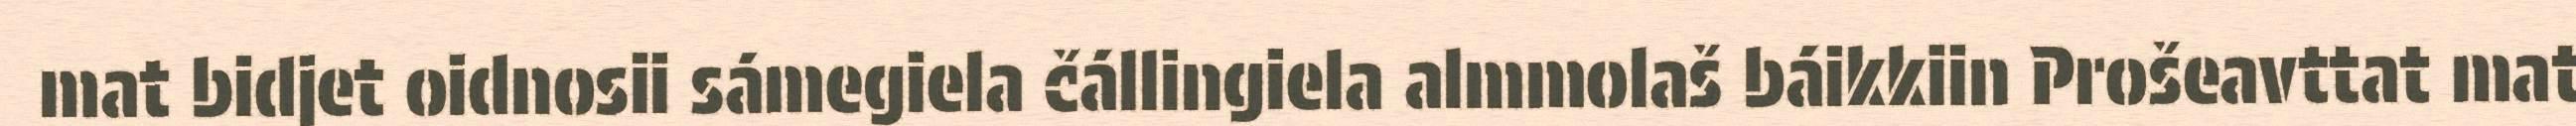
mat bidjet oidnosii sámegiela čállingiela almmolaš báikkiin Prošeavttat mat